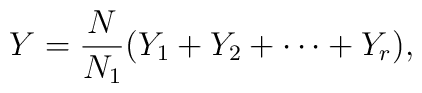
Y= {N\over N_1}( Y_1 + Y_2 +\cdots + Y_r),